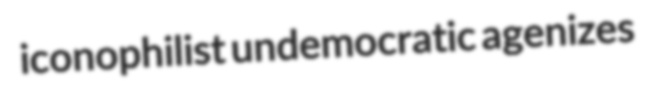
iconophilist undemocratic agenizes